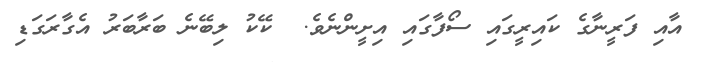
އާއި ފަރީނާގެ ކައިރީގައި ސޯފާގައި އިށީންނެވެ.  ކޭކު ލިބޭނެ ބަރާބަރު އެގާރަގަޑި